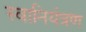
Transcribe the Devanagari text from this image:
स्वानियंत्रण